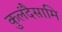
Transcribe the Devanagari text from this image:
कुलंदैसामि